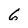
Character: 6